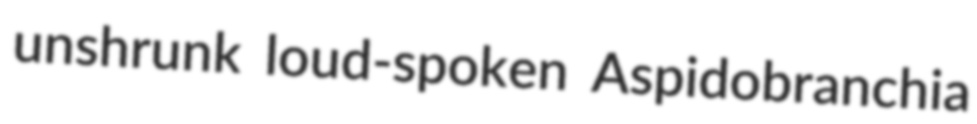
unshrunk loud-spoken Aspidobranchia